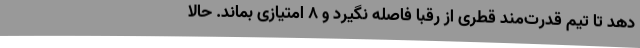
دهد تا تیم قدرت‌مند قطری از رقبا فاصله نگیرد و 8 امتیازی بماند. حالا